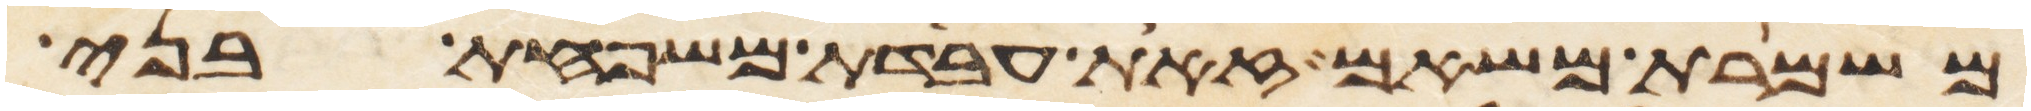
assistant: משמרת משאם זאת עבדת משפחת בני